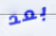
بعد